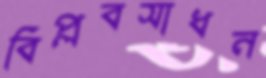
বিপ্লবসাধন